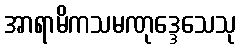
အာရာမိကသမဏုဒ္ဒေသေသု